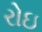
રોઇ